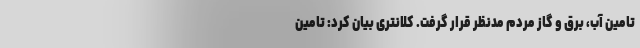
تامین آب، برق و گاز مردم مدنظر قرار گرفت. کلانتری بیان کرد: تامین